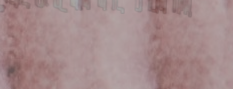
خدمات تصميم وتنفيذ الحدائ